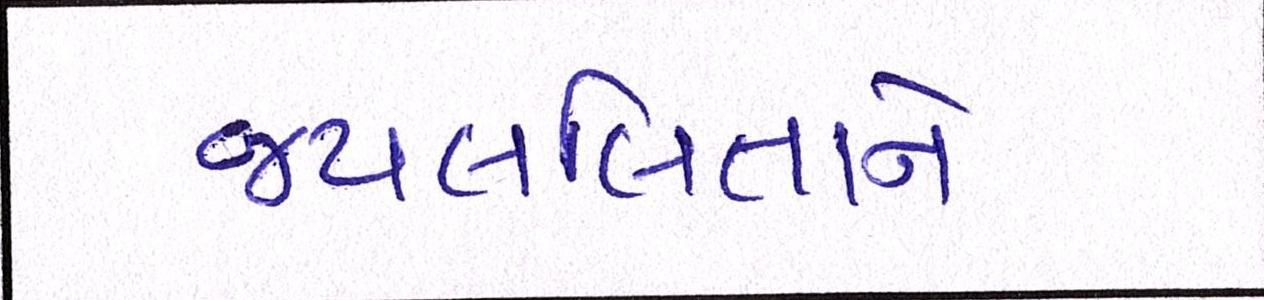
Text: જયલલિતાને